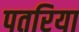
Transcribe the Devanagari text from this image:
पतरिया